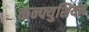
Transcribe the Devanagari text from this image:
कन्फ्युशियन